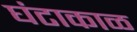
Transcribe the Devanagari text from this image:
घंटाकाळ